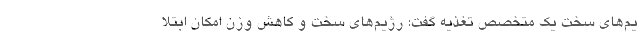
یم‌های سخت یک متخصص تغذیه گفت: رژیم‌های سخت و کاهش وزن امکان ابتلا